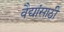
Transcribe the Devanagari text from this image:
वैद्यांसाठी